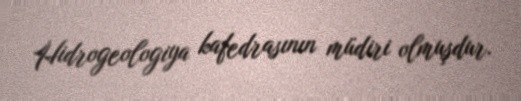
Hidrogeologiya kafedrasının müdiri olmuşdur.